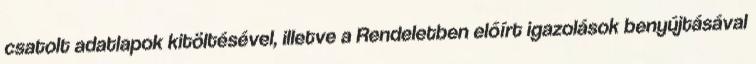
csatolt adatlapok kitöltésével, illetve a Rendeletben előírt igazolások benyújtásával